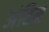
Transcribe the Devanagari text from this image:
अंतिम